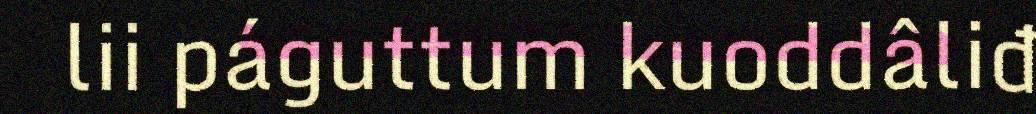
lii páguttum kuoddâliđ